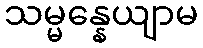
သမ္မန္နေယျာမ